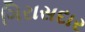
ગિરાસદાર